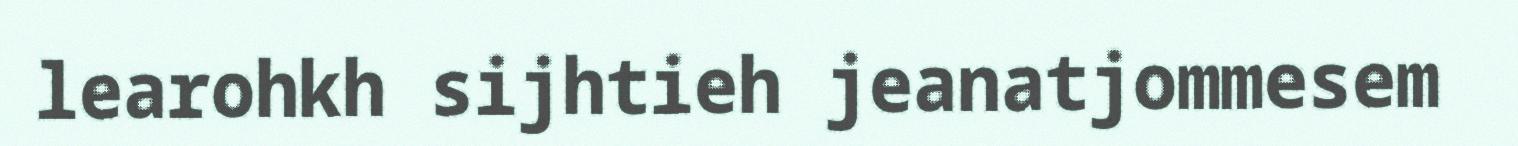
learohkh sijhtieh jeanatjommesem